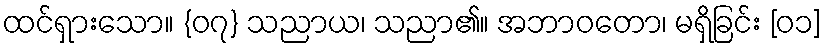
ထင်ရှားသော။ {၀၇} သညာယ၊ သညာ၏။ အဘာဝတော၊ မရှိခြင်း [၀၁]